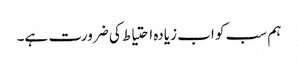
ہم سب کو اب زیادہ احتیاط کی ضرورت ہے۔